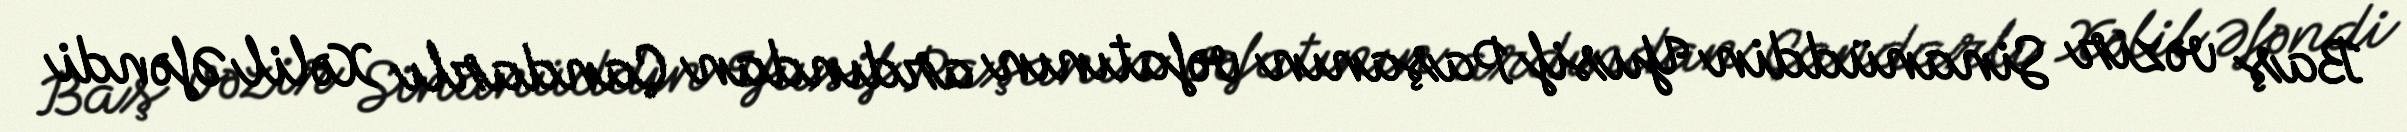
Baş vəzir Sinanüddin Yusif Paşanın vəfatının ardından Çandarlı Xəlil Əfəndi